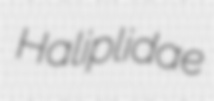
Haliplidae